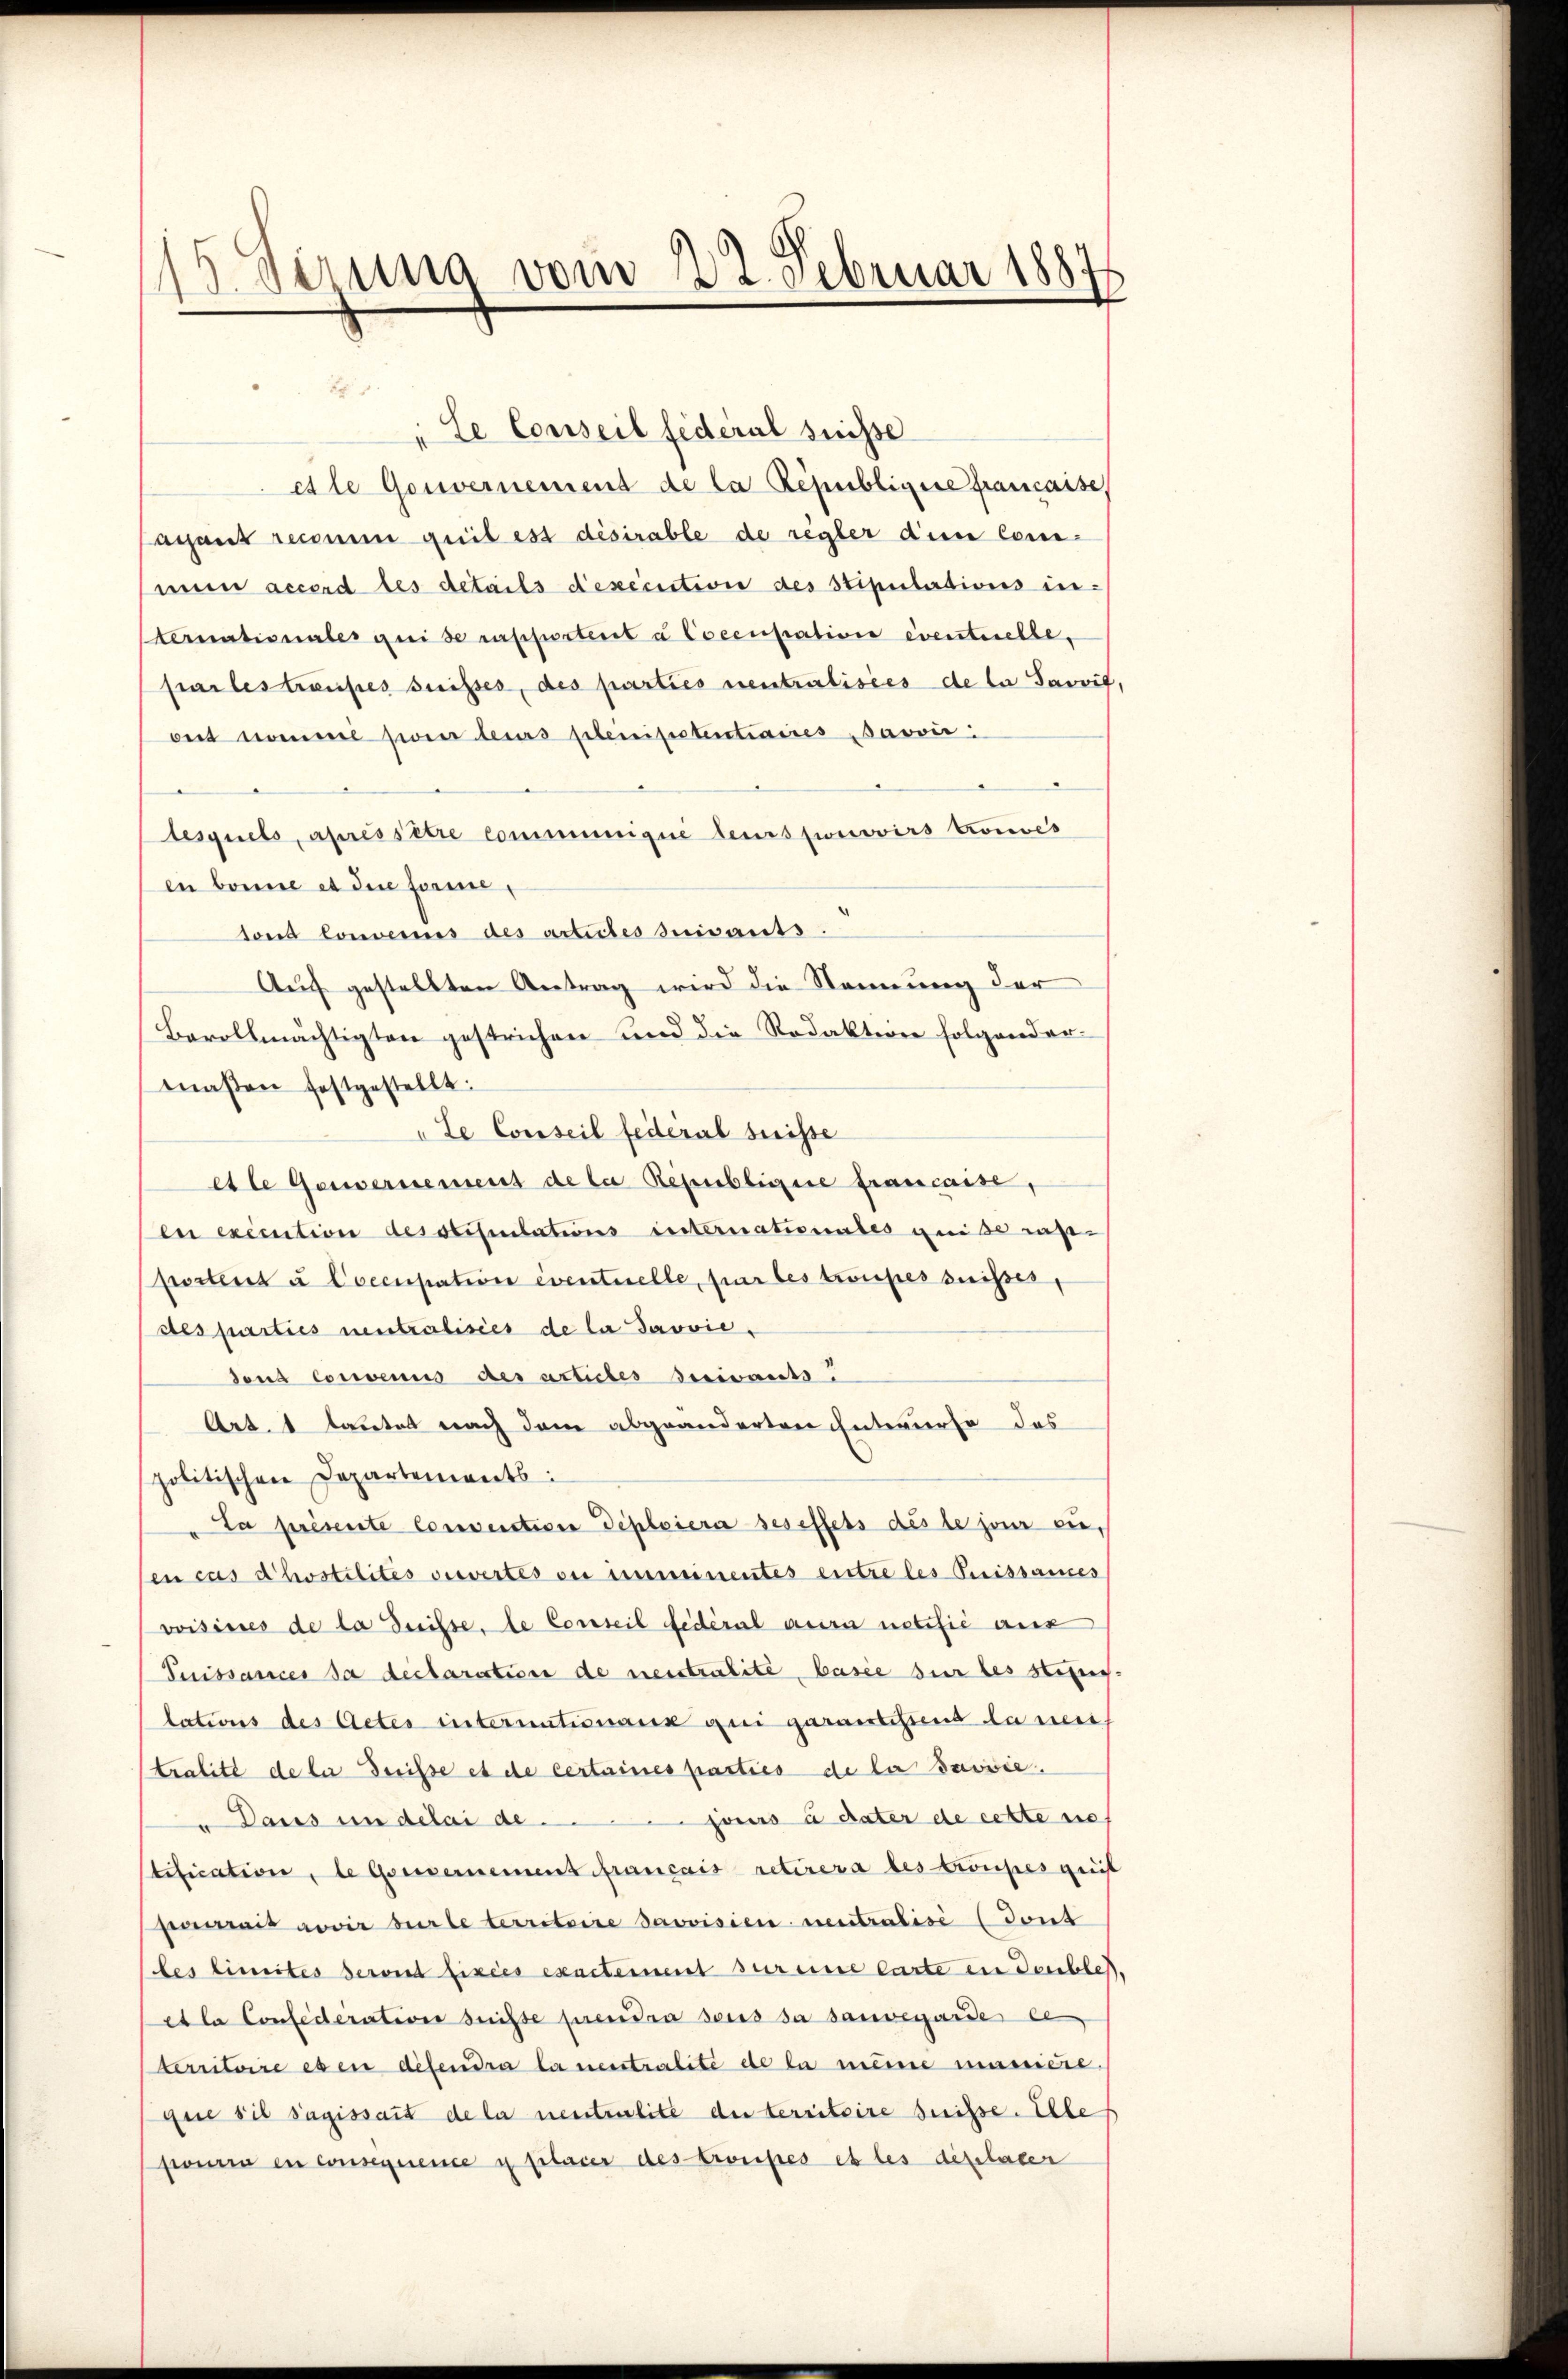
3 Oerung vom 22. Februar 1887

"Le Conseil fédéral suisse
etle Gouvernement de la République francaise
acant reconen gril est désirable de regler diese Comi-
mum accord les details dexecution des Stipulations in¬
Sternationales qui se rapportent à Coccupation eventuelle,
frailes traufes suisses, des parties neutralisies de la Savvit
oit nomie sie teurs plenisstentiaires Javvić:
lesquels, apressitre communique leurs pronoirs Konves
en bonne et die Forme,
tond Convernis des articles suivants.
Auf gestellten Antrag wird die Nennung der
Bevollmächtigten gestrichen und die Redakterer folgender
maßen festgestellt.
Le Conseil fédéral suisse
etle Gouvernement de la Regenblicire francaise,
en execution desstitulations internationales geise rap-
postens à Coccupation eventuelle, für les troupes suisser,
Aes parties neutralisies de la Javvie,
dond convenus des articles suivants.
Art. 1 lautet nach dem abgeänderten Intwurfe das
politischen Departements
La présente Convention diploiera ses effets des le jour eien cas chostilités viertes ou imminentes entre les Puissames
voisisses de la disse, le Conseil fédéral aura notifié aux
Puissances da declaration de neustralité, basie sie les stung-
lations des Actes internationaux qui garantistend da neu
tralité de la risse et de certaines parties de la Saviie.
jours à dater de cette nich
Daus in delai de
stification, le Gouvernement français retirera des Croupes geit
pecerait novir burle territoire provisien neutralisé (dont
(les limites serond fixées exensteiment sur eine Carte ein Deuchlest.
et la Confederations suisse prendra sous da sauvegarde le
territoire es en défendra la neutralite de la meine aussiere.
que sie sagissait de la neutralite der territoire suisse. Elle
sionen en consequence u placer des Cronpes et les dipelater